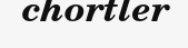
chortler